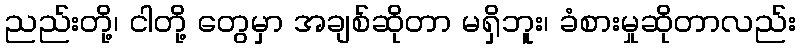
ညည်းတို့၊ ငါတို့ တွေမှာ အချစ်ဆိုတာ မရှိဘူး၊ ခံစားမှုဆိုတာလည်း